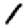
Digit: 1